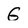
Character: G